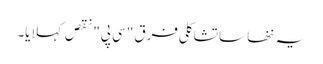
یہ ننھا سا تشاکلی فرق "سی پی" نقص کہلایا۔